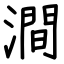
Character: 澗